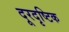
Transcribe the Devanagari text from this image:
दूरदृष्टिक